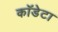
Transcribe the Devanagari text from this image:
कॉडेटा